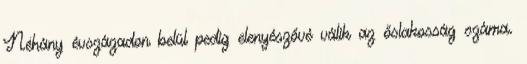
Néhány évszázadon belül pedig elenyészővé válik az őslakosság száma.